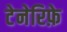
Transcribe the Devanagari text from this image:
टेनेरिफ़े